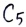
Text: C5